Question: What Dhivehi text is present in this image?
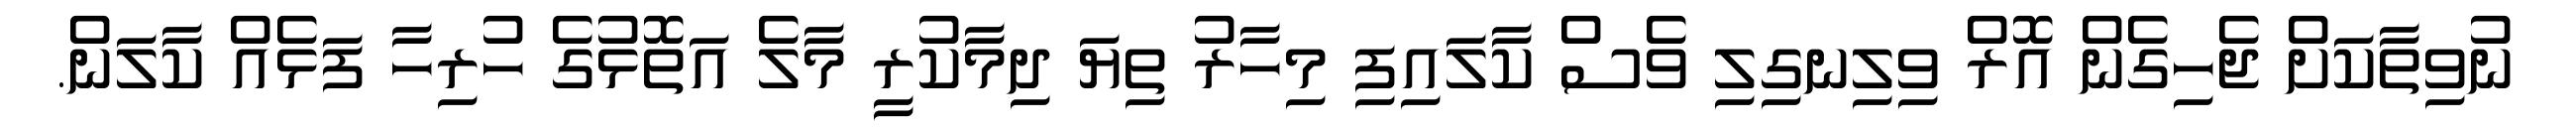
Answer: ނުވިތާކަށް ޖެހިގެން އޮރް ވިލިނގިލި ވެސް ކާލައިފި މިހާރު ތިޔަ ދިމާކުރީ މާލެ އަތޮޅުގެ ހުރިހާ ފަޅެއް ކާލަން.